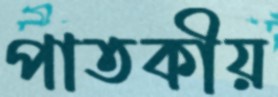
পাতকীয়